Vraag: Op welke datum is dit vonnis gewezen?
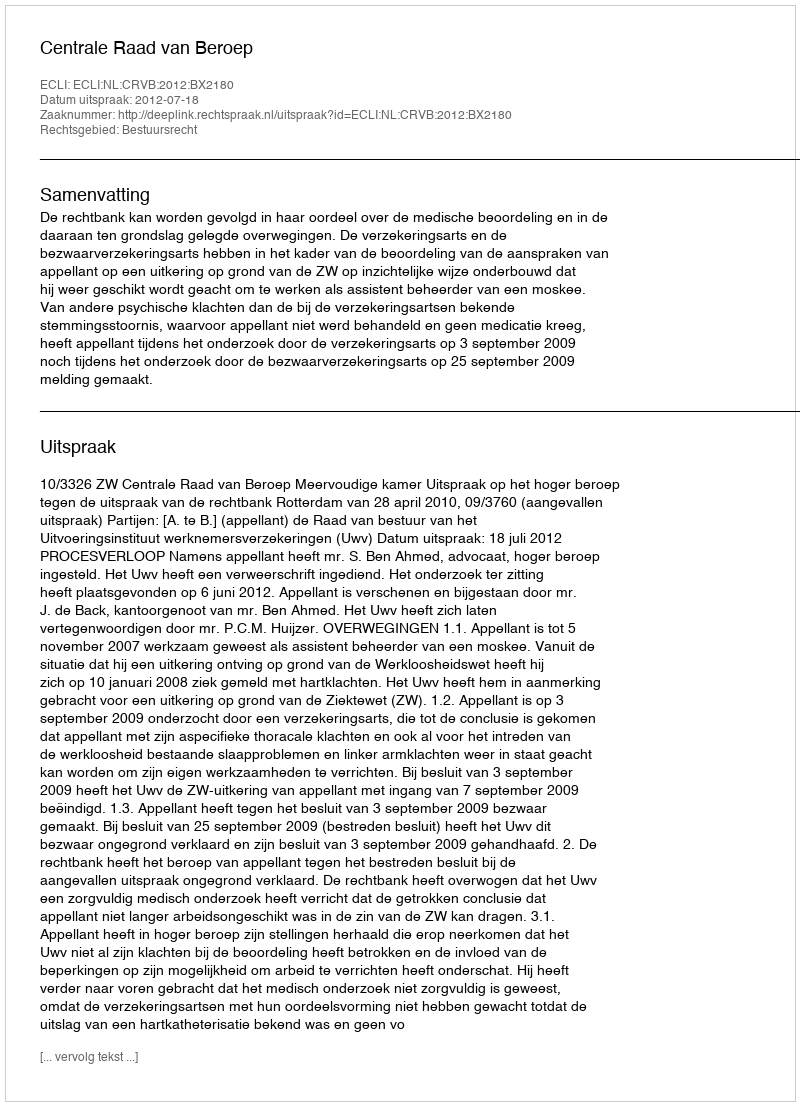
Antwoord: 2012-07-18